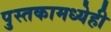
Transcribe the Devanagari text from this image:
पुस्तकामध्येही